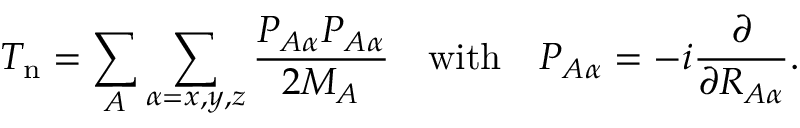
T _ { \mathrm { n } } = \sum _ { A } \sum _ { \alpha = x , y , z } { \frac { P _ { A \alpha } P _ { A \alpha } } { 2 M _ { A } } } \quad { \mathrm { w i t h } } \quad P _ { A \alpha } = - i { \frac { \partial } { \partial R _ { A \alpha } } } .